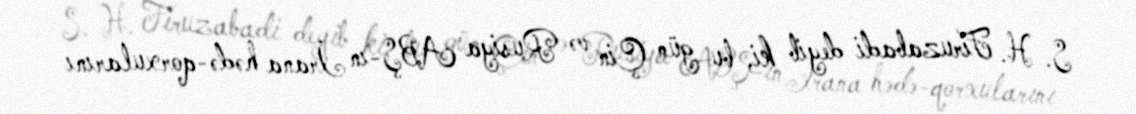
S. H. Firuzabadi deyib ki, bu gün Çin və Rusiya ABŞ-ın İrana hədə-qorxularını